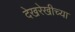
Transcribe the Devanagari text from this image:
देखरेखीच्या